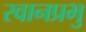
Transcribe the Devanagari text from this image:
रवानप्रभु